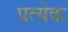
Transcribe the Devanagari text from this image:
प्रत्येेक